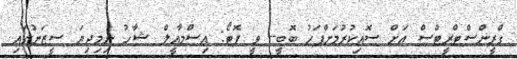
ގްރީންސްޓްރީޓްސް އަށް ސޮއިކުރުމަށްފަހު ބޮބީ-- ވީ ފޮޓޯ: އިސްމާއީލް ޝާހު ނިމިދިޔަ ސީޒަނުގައި